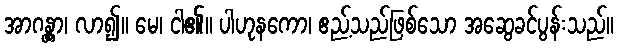
အာဂန္တွာ၊ လာ၍။ မေ၊ ငါ၏။ ပါဟုနကော၊ ဧည့်သည်ဖြစ်သော အဆွေခင်ပွန်းသည်။